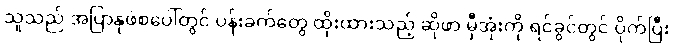
သူသည် အပြာနုဖဲစပေါ်တွင် ပန်းခက်တွေ ထိုးထားသည့် ဆိုဖာ မှီအုံးကို ရင်ခွင်တွင် ပိုက်ပြီး